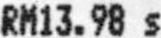
RM13.98 S